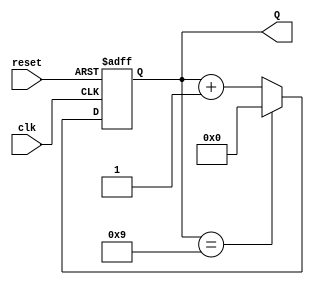
module BCD_Counter (
    input wire clk,          // Clock signal
    input wire reset,        // Asynchronous reset signal
    output reg [3:0] Q       // 4-bit output representing the BCD count
);

// Always block triggered on the rising edge of the clock or on reset
always @(posedge clk or posedge reset) begin
    if (reset) begin
        // Asynchronous reset: Set the counter to 0
        Q <= 4'b0000;
    end else begin
        // Increment the counter
        if (Q == 4'b1001) begin
            // If the count reaches 9, reset to 0
            Q <= 4'b0000;
        end else begin
            // Otherwise, increment the count
            Q <= Q + 1;
        end
    end
end

endmodule